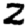
Digit: 2